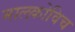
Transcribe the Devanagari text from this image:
मालकोविच